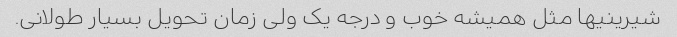
شیرینیها مثل همیشه خوب و درجه یک ولی زمان تحویل بسیار طولانی.